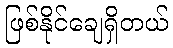
ဖြစ်နိုင်ချေရှိတယ်